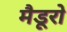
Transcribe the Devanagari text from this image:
मैडूरो